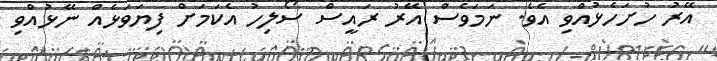
އޭރު ހުށަހެޅުއްވި އެވެ. ނަމަވެސް އޭރު ރައީސް ސޯލިހު އެކަމަށް ފިޔަވަޅެއް ނޭޅުއްވި